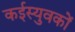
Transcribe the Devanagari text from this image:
कईस्युवकों